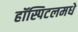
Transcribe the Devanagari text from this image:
हॉस्पिटलमधे